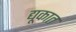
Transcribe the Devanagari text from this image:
द्यूकात